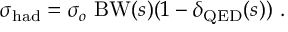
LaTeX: \sigma _ { \mathrm { h a d } } = \sigma _ { o } ~ \mathrm { B W } ( s ) ( 1 - \delta _ { \mathrm { Q E D } } ( s ) ) ~ .